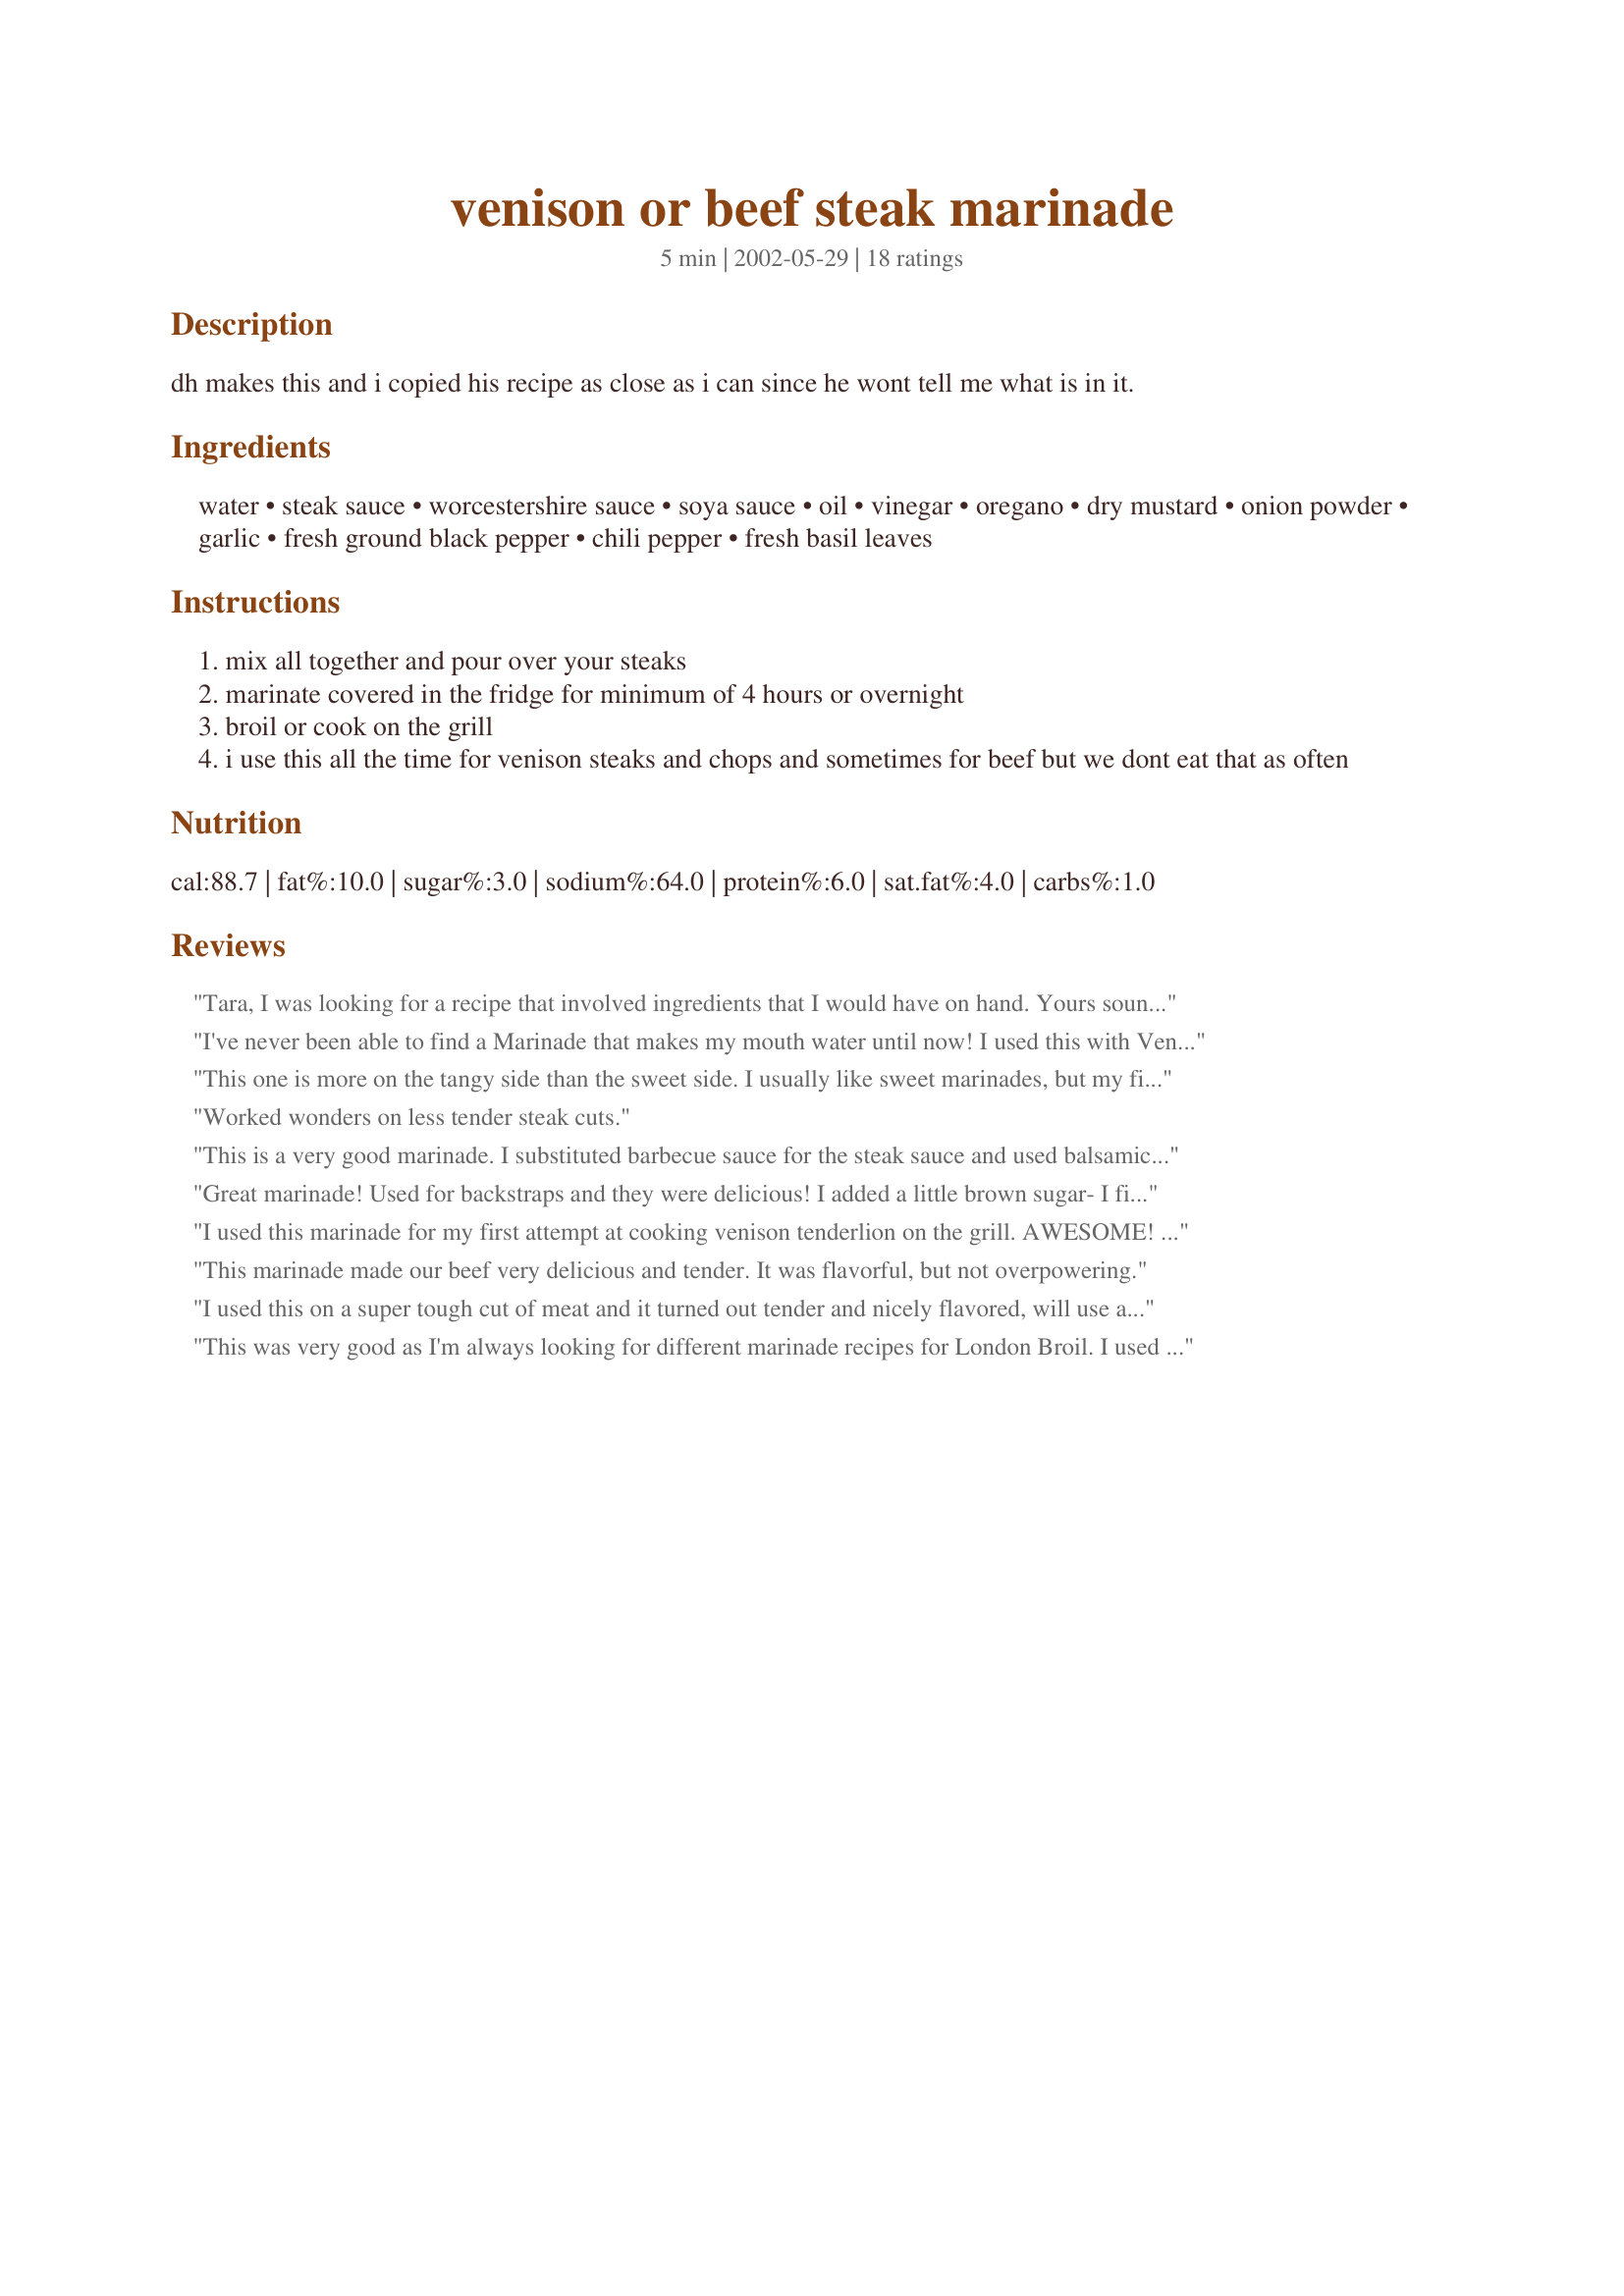
venison or beef steak marinade
Preparation time: 5 minutes

dh makes this and i copied his recipe as close as i can since he wont tell me what is in it.

Ingredients:
water, steak sauce, worcestershire sauce, soya sauce, oil, vinegar, oregano, dry mustard, onion powder, garlic, fresh ground black pepper, chili pepper, fresh basil leaves

Steps:
mix all together and pour over your steaks
marinate covered in the fridge for minimum of 4 hours or overnight
broil or cook on the grill
i use this all the time for venison steaks and chops and sometimes for beef but we dont eat that as often

Reviews:
Tara, I was looking for a recipe that involved ingredients that I would have on hand. Yours sounded very very promising! We LOVED it!!! DH loved it and he can be picky and weird. I used Lea and Perrins steak sauce (a little extra since I was out of worcestershire sauce), and chianti vinegar and a dash of Crystal hot sauce...and put the marinade on sirloin steaks. They came out sooooo tender and sooooo flavorful! Great recipe!!! Thank you!!!
I've never been able to find a Marinade that makes my mouth water until now! I used this with Venison Tenderloin Kabobs. The meat was unbelievably tender. I've made tenderloin many ways, but this tops them all!!! I've even written this one down in my address book so when I visit family, I've got the perfect dinner on hand!
This one is more on the tangy side than the sweet side. I usually like sweet marinades, but my fiance and I agreed - this is a keeper! Thanks for posting!
Worked wonders on less tender steak cuts.
This is a very good marinade. I substituted barbecue sauce for the steak sauce and used balsamic vinegar, and doubled the vinegar because I ran out of Worcestershire. Also I used a fresh chili pepper, broken into about 5 pieces, and about 6 leaves of fresh basil. I marinated venison strap steaks overnight in the fridge and grilled them to medium doneness. They were delicious and extremely tender. One of the five best marinades I've tried, and I've tried a lot over the years.
Great marinade! Used for backstraps and they were delicious! I added a little brown sugar- I find it helps if the meat is a little gamey- also added some chopped onion, onion powder, and did a tablespoon of each that called for a teaspoon. Also, did not put in much water, probably just a tbsp- didn't want the meat swimming in it! Thanks for the great recipe!
I used this marinade for my first attempt at cooking venison tenderlion on the grill. AWESOME! We were all taking seconds of this one. So tender and flavorful. I'm going to make this for Christmas dinner - except I'm going to double it so that we don't run out this time.
This marinade made our beef very delicious and tender. It was flavorful, but not overpowering.
I used this on a super tough cut of meat and it turned out tender and nicely flavored, will use again.
This was very good as I'm always looking for different marinade recipes for London Broil. I used Jack Daniels BBQ sauce instead of steak sauce and only a little bit of water. Flavors combine so well if done for 24 hours. Look forward to making this again.
I must admit,I have only been preparing venison on and off for about 2 years now, and although using ground venison,sausage and roasts in recipes has been no real problem for me, I have not had much luck with steaks. Too tough, too dry, overcooked, marinades or seasoning too strong...(I'm still learning!)But this! Well,I have finally ended my search for a good steak recipe and alleviated my vension disaster fears. This is a keeper! This has a nice flavor that doesn't overpower the meat. I used BBQ sauce in place of the steak sauce. I generally use low sodium soy sauce (and I'm a salt lover)but since this recipe has no additional salty ingredients other than the worcestershire, I went with regular full flavored soy. I used apple cider vinegar and for the chili peppers, I used about 2 tsp of Tabasco brand "chipotle" pepper sauce,(will probably use more next time or add hot pepper flakes) I didn't have fresh basil so I used about 1/2 tsp of dried. I marinaded the steaks all day and grilled them to medium doneness. They were wonderfully juicy and tender. Although DH gave it a thumbs up, the dogs were quite unhappy. They only got the scraps this time! THANKS TARA (or should I thank Tara's DH?)
This was great! I used it to marinate a 3 pound roast for dinner and it turned out great. The au jus was also amazing and had so much flavour. I ended up omitting the steak sauce as we didn't have any in the house and it was still wonderful! We will try this as well on steaks. Thank you for posting your recipe!
Used this marinade for my first attempt at preparing and cooking buffalo with excellent results. Marinaded the T bones for 4 1/2 hours, far from being dry they were moist and tender ... tasting not quite like beef, but tender. I prepared T bones yesterday without marinading and you get five stars for an excellent recipe that definitely adds tenderness and flavor to the meat.
I plopped a 3 lb. frozen london broil in a bag with this marinade on Tuesday afternoon. Friday evening after many mornings and nights of flipping the steak grilled up to perfection! Even after three days of sitting, the flavors of the marinade complemented the flavor of the meat without overpowering it. Thank you so much for a fantastic meat marinade!
A very good marinade, using things that I had on hand! I used garlic powder instead of fresh and dried basil, but otherwise followed it exactly, and marinated the venison overnight. I'd definitely try it again with beef some time.
Barbecued ribeye steaks after marinating 24 hours. My sister's response? "It's the only way I ever want to eat steak! But 24 hours is key. The second time only marinated for 6 hours, very good but the third time was 24 hours and the ribeyes were fork tender.
Great marinade! We marinated beef in it for about 24 hours and then we let it barbecue for about two hours. The meat turned out to be very juicy an flavorful. We will definitely use this recipe again. Thanks for sharing!
I used steak and baked it in the marinade. It's very good.
